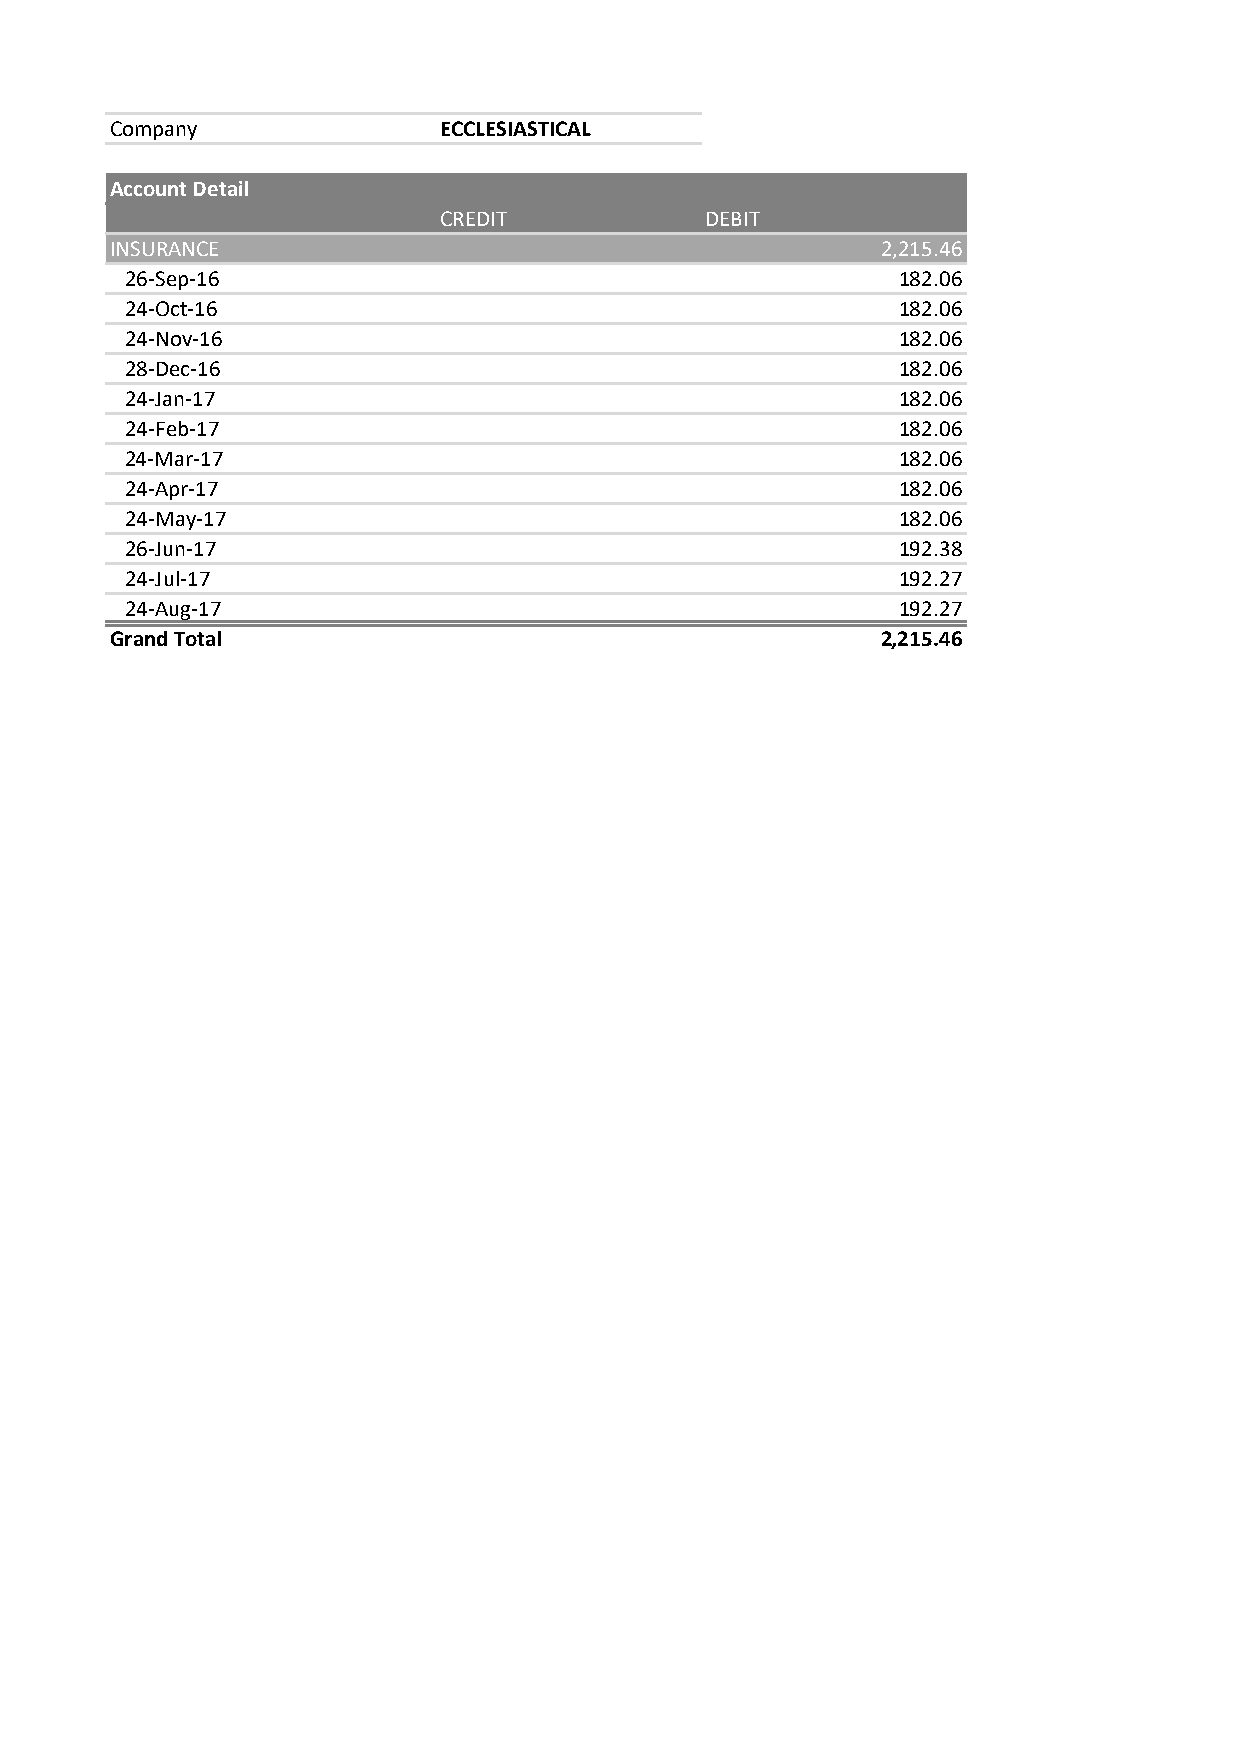
Company               ECCLESIASTICAL
 Account Detail
 CREDIT            DEBIT
 INSURANCE                                          2,215.46
 26-Sep-16                                          182.06
 24-Oct-16                                          182.06
 24-Nov-16                                          182.06
 28-Dec-16                                          182.06
 24-Jan-17                                          182.06
 24-Feb-17                                          182.06
 24-Mar-17                                          182.06
 24-Apr-17                                          182.06
 24-May-17                                          182.06
 26-Jun-17                                          192.38
 24-Jul-17                                          192.27
 24-Aug-17                                          192.27
 Grand Total                                        2,215.46